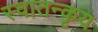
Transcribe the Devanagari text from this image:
स्वातन्कृय